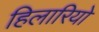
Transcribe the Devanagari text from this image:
हिलारियो